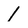
Character: 1